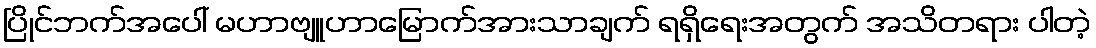
ပြိုင်ဘက်အပေါ် မဟာဗျူဟာမြောက်အားသာချက် ရရှိရေးအတွက် အသိတရား ပါတဲ့